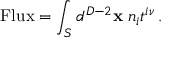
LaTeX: \mathrm { F l u x } = \int _ { S } d ^ { D - 2 } { \bf x } \; n _ { i } t ^ { i \nu } \, .